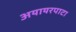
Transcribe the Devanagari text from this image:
अयायरपाटा